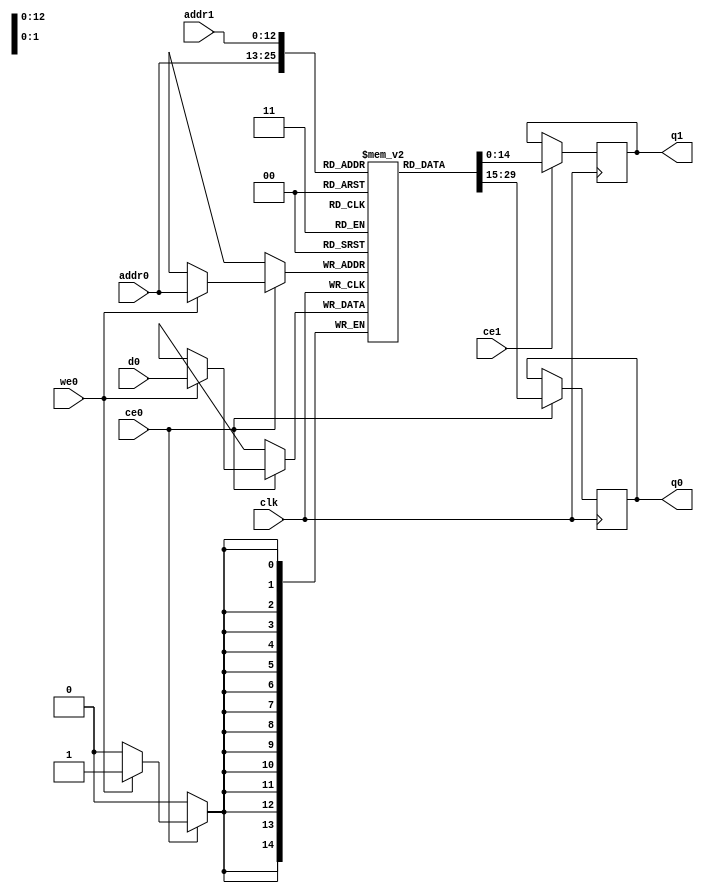
// ==============================================================
// Vitis HLS - High-Level Synthesis from C, C++ and OpenCL v2020.1 (64-bit)
// Copyright 1986-2020 Xilinx, Inc. All Rights Reserved.
// ==============================================================
`timescale 1 ns / 1 ps
module process_element_L3_output_fmap_ReLu_V_ram (addr0, ce0, d0, we0, q0, addr1, ce1, q1,  clk);

parameter DWIDTH = 15;
parameter AWIDTH = 13;
parameter MEM_SIZE = 5408;

input[AWIDTH-1:0] addr0;
input ce0;
input[DWIDTH-1:0] d0;
input we0;
output reg[DWIDTH-1:0] q0;
input[AWIDTH-1:0] addr1;
input ce1;
output reg[DWIDTH-1:0] q1;
input clk;

(* ram_style = "block" *)reg [DWIDTH-1:0] ram[0:MEM_SIZE-1];




always @(posedge clk)  
begin 
    if (ce0) begin
        if (we0) 
            ram[addr0] <= d0; 
        q0 <= ram[addr0];
    end
end


always @(posedge clk)  
begin 
    if (ce1) begin
        q1 <= ram[addr1];
    end
end


endmodule

`timescale 1 ns / 1 ps
module process_element_L3_output_fmap_ReLu_V(
    reset,
    clk,
    address0,
    ce0,
    we0,
    d0,
    q0,
    address1,
    ce1,
    q1);

parameter DataWidth = 32'd15;
parameter AddressRange = 32'd5408;
parameter AddressWidth = 32'd13;
input reset;
input clk;
input[AddressWidth - 1:0] address0;
input ce0;
input we0;
input[DataWidth - 1:0] d0;
output[DataWidth - 1:0] q0;
input[AddressWidth - 1:0] address1;
input ce1;
output[DataWidth - 1:0] q1;



process_element_L3_output_fmap_ReLu_V_ram process_element_L3_output_fmap_ReLu_V_ram_U(
    .clk( clk ),
    .addr0( address0 ),
    .ce0( ce0 ),
    .we0( we0 ),
    .d0( d0 ),
    .q0( q0 ),
    .addr1( address1 ),
    .ce1( ce1 ),
    .q1( q1 ));

endmodule